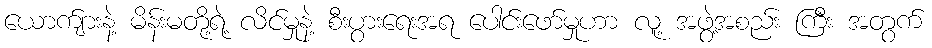
ယောက်ျားနဲ့ မိန်းမတို့ရဲ့ လိင်မှုနဲ့ စီးပွားရေးအရ ပေါင်းဖော်မှုဟာ လူ့ အဖွဲ့အစည်း ကြီး အတွက်